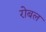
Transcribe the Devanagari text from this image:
रोबल